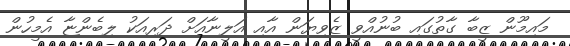
މައިމޫން ޒީބާ ގާތުގައި ބުނުއްވީ ޒެވިޔަން އާއި އަލީނާއަށް ދަރިއަކު ލިބެންޏާ އެމީހުން